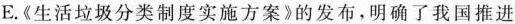
E.《生活垃圾分类制度实施方案》的发布，明确了我国推进